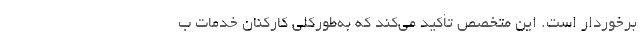
برخوردار است. این متخصص تأکید می‌کند که به‌طورکلی کارکنان خدمات ب